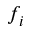
f _ { i }